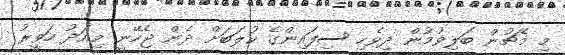
މި މެޗުން ބަލިވުމުން ދިވެހި ސިފައިންގެ ކުލަބަށް ދެން ޖެހޭނީ މިއަދު ހަވީރު